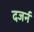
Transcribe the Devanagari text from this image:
दजर्न